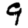
Digit: 9